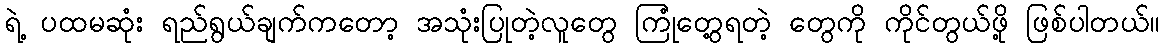
ရဲ့ ပထမဆုံး ရည်ရွယ်ချက်ကတော့ အသုံးပြုတဲ့လူတွေ ကြုံတွေ့ရတဲ့ တွေကို ကိုင်တွယ်ဖို့ ဖြစ်ပါတယ်။